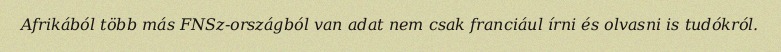
Afrikából több más FNSz-országból van adat nem csak franciául írni és olvasni is tudókról.